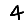
Digit: 4